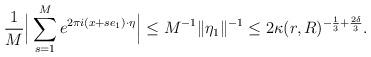
LaTeX: \begin{align*} \frac{1}{M}\Big|\sum_{s=1}^Me^{2\pi i (x+se_1)\cdot\eta}\Big|\le M^{-1}\|\eta_1\|^{-1}\le2\kappa(r, R)^{-\frac{1}{3}+\frac{2\delta}{3}}. \end{align*}